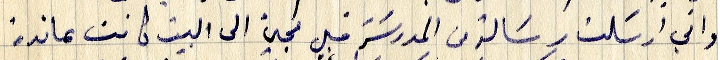
واني ارسَلت رسَالة من المدرسَة قبل مجيء الى البيت كانت عائدة